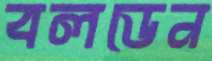
বলডেন